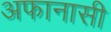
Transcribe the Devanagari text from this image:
अफानासी